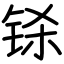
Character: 铩